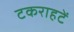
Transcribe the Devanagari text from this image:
टकराहटें